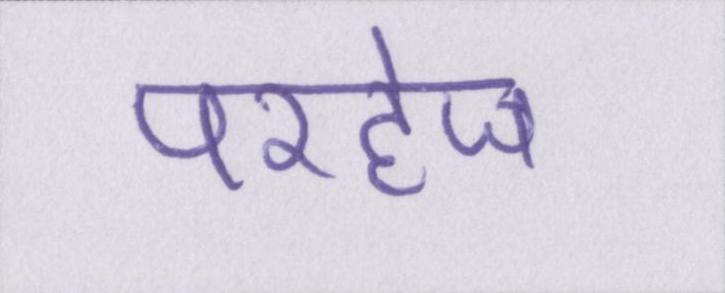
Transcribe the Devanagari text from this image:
परहेज